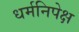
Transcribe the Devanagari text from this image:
धर्मनिपेक्ष